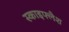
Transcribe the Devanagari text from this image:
स्काइफ्लैश